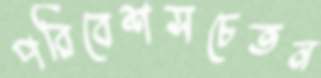
পরিবেশসচেতন